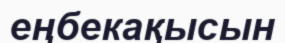
еңбекақысын